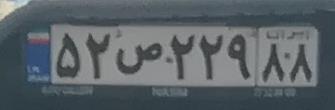
۵۲ص۲۲۹۸۸